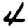
Digit: 4